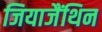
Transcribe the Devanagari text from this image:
जियाजैंथिन